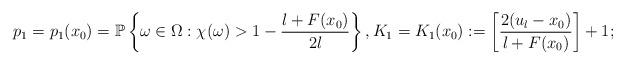
LaTeX: \begin{align*}p_1=p_1(x_0)=\mathbb P \left\{\omega\in \Omega: \chi(\omega)>1-\frac{l+F(x_0)}{2l} \right\}, K_1=K_1(x_0):=\left[\frac{2(u_l -x_0)}{l+F(x_0)}\right]+1;\end{align*}